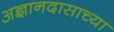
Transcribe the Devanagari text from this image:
अज्ञानदासाच्या